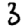
Digit: 3